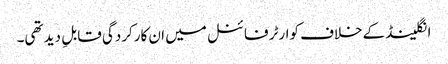
انگلینڈ کےخلاف کوارٹر فائنل میں ان کارکردگی قابلِ دید تھی۔